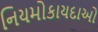
નિયમોકાયદાઓ